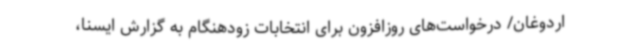
اردوغان/ درخواست‌های روزافزون برای انتخابات زودهنگام به گزارش ایسنا،